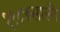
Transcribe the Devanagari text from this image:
१९८४साली